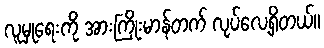
လူမှုရေးကို အားကြိုးမာန်တက် လုပ်လေ့ရှိတယ်။